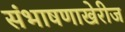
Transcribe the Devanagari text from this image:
संभाषणाखेरीज